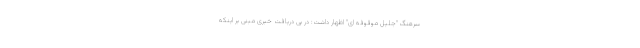
سرهنگ "جلیل موقوفه ای" اظهار داشت: در پی دریافت خبری مبنی بر اینکه